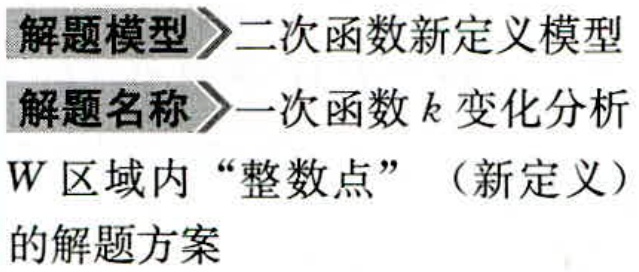
解题模型\(>\)二次函数新定义模型
解题名称\(>\)一次函数\(k\)变化分析
\(W\)区域内“整数点”（新定义）
的解题方案